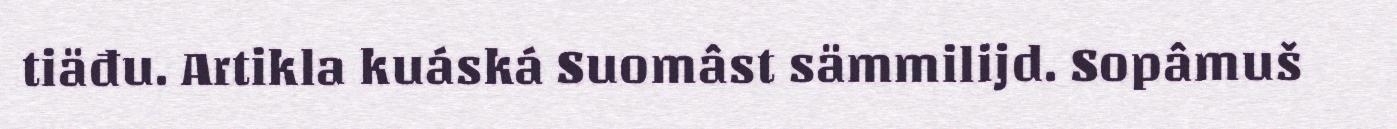
tiäđu. Artikla kuáská Suomâst sämmilijd. Sopâmuš